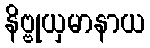
နိဗ္ဗုယှမာနာယ